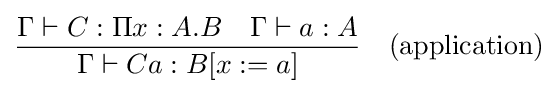
{\frac {\Gamma \vdash C:\Pi x:A.B\quad \Gamma \vdash a:A}{\Gamma \vdash Ca:B[x:=a]}}\quad {\text{(application)}}